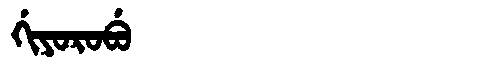
Manchu: ᡤᡳᠶᠣᡵᠣᠪᡠ
Romanization: GIYOROBU